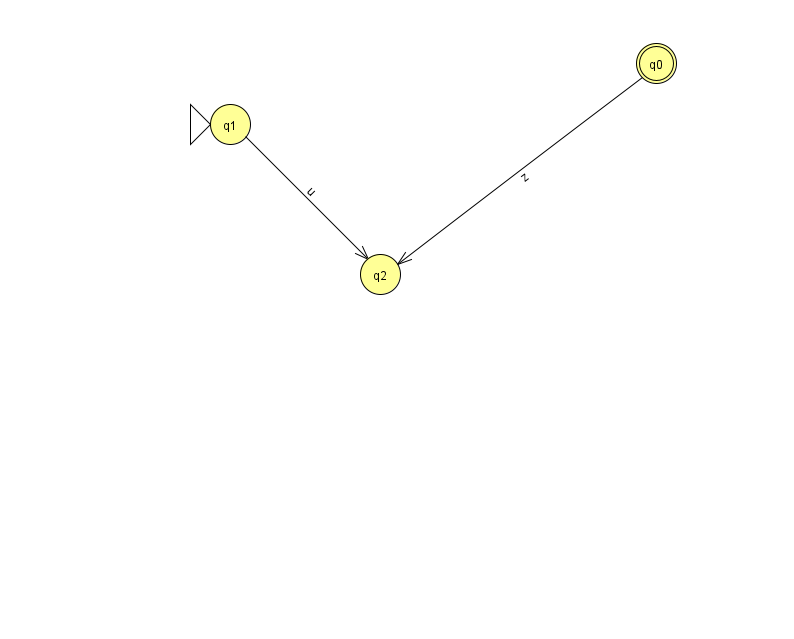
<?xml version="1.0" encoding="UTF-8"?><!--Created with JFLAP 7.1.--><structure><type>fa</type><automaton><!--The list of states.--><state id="0" name="q0"><x>656.0</x><y>50.0</y><final/></state><state id="1" name="q1"><x>230.0</x><y>111.0</y><initial/></state><state id="2" name="q2"><x>380.0</x><y>261.0</y></state><!--The list of transitions.--><transition><from>1</from><to>2</to><read>u</read></transition><transition><from>0</from><to>2</to><read>z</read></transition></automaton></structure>